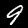
Label: 9